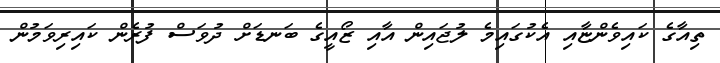
ތިއާގެ ކައިވެންޏާއި އެކުގައިމެ ލުޖައިން އާއި ޒޯއީގެ ބަނޑަށް ދުވަސް ފުރެން ކައިރިވަމުން